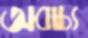
অবাচ্য